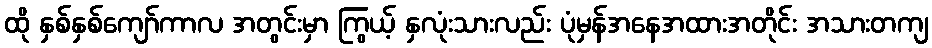
ထို နှစ်နှစ်ကျော်ကာလ အတွင်းမှာ ကြွယ့် နှလုံးသားလည်း ပုံမှန်အနေအထားအတိုင်း အသားတကျ